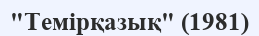
"Темірқазық" (1981)